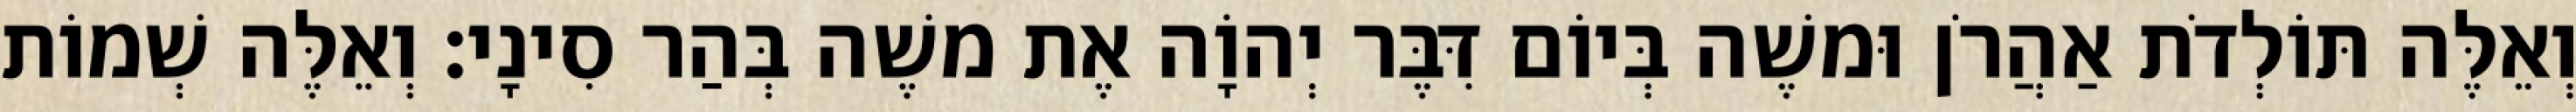
וְאֵלֶּה תּוֹלְדֹת אַהֲרֹן וּמשֶׁה בְּיוֹם דִּבֶּר יְהוָֹה אֶת משֶׁה בְּהַר סִינָי׃ וְאֵלֶּה שְׁמוֹת